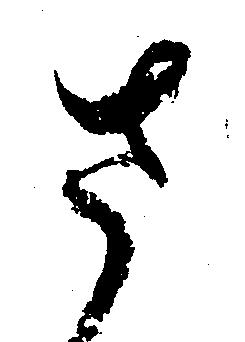
さ